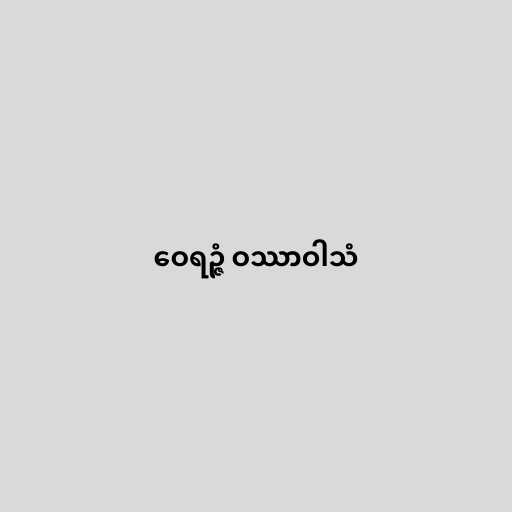
ဝေရဉ္ဇံ ဝဿာဝါသံ